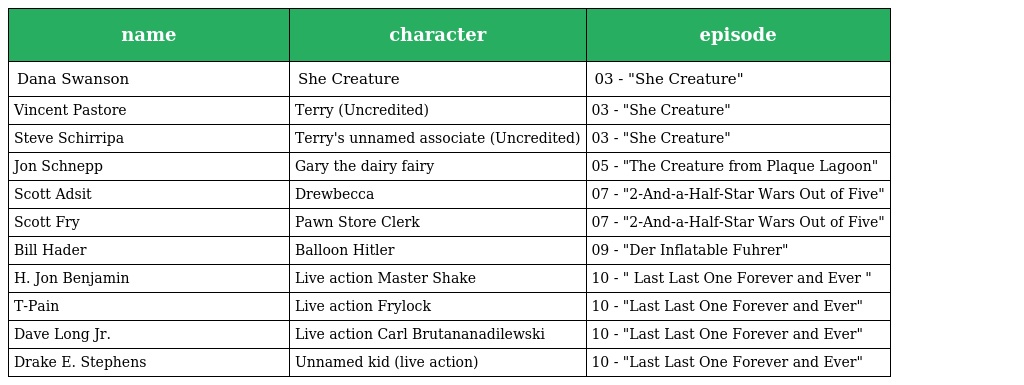
| name | character | episode |
 | --- | --- | --- |
 | Dana Swanson | She Creature | 03 - "She Creature" |
 | Vincent Pastore | Terry (Uncredited) | 03 - "She Creature" |
 | Steve Schirripa | Terry's unnamed associate (Uncredited) | 03 - "She Creature" |
 | Jon Schnepp | Gary the dairy fairy | 05 - "The Creature from Plaque Lagoon" |
 | Scott Adsit | Drewbecca | 07 - "2-And-a-Half-Star Wars Out of Five" |
 | Scott Fry | Pawn Store Clerk | 07 - "2-And-a-Half-Star Wars Out of Five" |
 | Bill Hader | Balloon Hitler | 09 - "Der Inflatable Fuhrer" |
 | H. Jon Benjamin | Live action Master Shake | 10 - " Last Last One Forever and Ever " |
 | T-Pain | Live action Frylock | 10 - "Last Last One Forever and Ever" |
 | Dave Long Jr. | Live action Carl Brutananadilewski | 10 - "Last Last One Forever and Ever" |
 | Drake E. Stephens | Unnamed kid (live action) | 10 - "Last Last One Forever and Ever" |